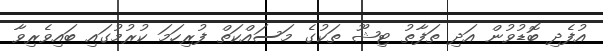
އުފެދި ބޮޑުވުން އަދި ތަފާތު ޓިޝޫ ތަކުގެ މަސައްކަތް ފުރިހަމަ ކުރުމުގައި ބައިވެރިވާ